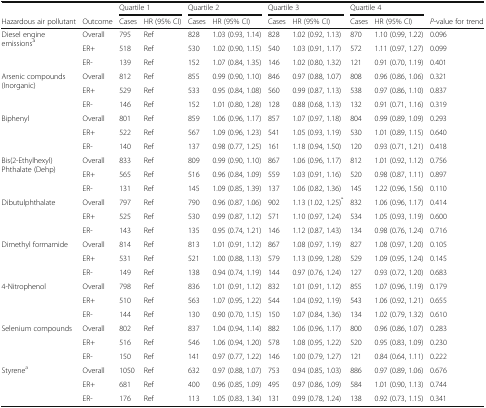
<table><thead><tr><td></td><td></td><td colspan="2"><b>Quartile 1</b></td><td colspan="2"><b>Quartile 2</b></td><td colspan="2"><b>Quartile 3</b></td><td colspan="2"><b>Quartile 4</b></td><td></td></tr><tr><td><b>Hazardous air pollutant</b></td><td><b>Outcome</b></td><td><b>Cases</b></td><td><b>HR (95% CI)</b></td><td><b>Cases</b></td><td><b>HR (95% CI)</b></td><td><b>Cases</b></td><td><b>HR (95% CI)</b></td><td><b>Cases</b></td><td><b>HR (95% CI)</b></td><td><b><i>P</i>-value for trend</b></td></tr></thead><tbody><tr><td rowspan="3">Diesel engine emissions<sup>a</sup></td><td>Overall</td><td>795</td><td>Ref</td><td>828</td><td>1.03 (0.93, 1.14)</td><td>828</td><td>1.02 (0.92, 1.13)</td><td>870</td><td>1.10 (0.99, 1.22)</td><td>0.096</td></tr><tr><td>ER+</td><td>518</td><td>Ref</td><td>530</td><td>1.02 (0.90, 1.15)</td><td>540</td><td>1.03 (0.91, 1.17)</td><td>572</td><td>1.11 (0.97, 1.27)</td><td>0.099</td></tr><tr><td>ER-</td><td>139</td><td>Ref</td><td>152</td><td>1.07 (0.84, 1.35)</td><td>146</td><td>1.02 (0.80, 1.32)</td><td>121</td><td>0.91 (0.70, 1.19)</td><td>0.401</td></tr><tr><td rowspan="3">Arsenic compounds (Inorganic)</td><td>Overall</td><td>812</td><td>Ref</td><td>855</td><td>0.99 (0.90, 1.10)</td><td>846</td><td>0.97 (0.88, 1.07)</td><td>808</td><td>0.96 (0.86, 1.06)</td><td>0.321</td></tr><tr><td>ER+</td><td>529</td><td>Ref</td><td>533</td><td>0.95 (0.84, 1.08)</td><td>560</td><td>0.99 (0.87, 1.13)</td><td>538</td><td>0.97 (0.86, 1.10)</td><td>0.837</td></tr><tr><td>ER-</td><td>146</td><td>Ref</td><td>152</td><td>1.01 (0.80, 1.28)</td><td>128</td><td>0.88 (0.68, 1.13)</td><td>132</td><td>0.91 (0.71, 1.16)</td><td>0.319</td></tr><tr><td rowspan="3">Biphenyl</td><td>Overall</td><td>801</td><td>Ref</td><td>859</td><td>1.06 (0.96, 1.17)</td><td>857</td><td>1.07 (0.97, 1.18)</td><td>804</td><td>0.99 (0.89, 1.09)</td><td>0.293</td></tr><tr><td>ER+</td><td>522</td><td>Ref</td><td>567</td><td>1.09 (0.96, 1.23)</td><td>541</td><td>1.05 (0.93, 1.19)</td><td>530</td><td>1.01 (0.89, 1.15)</td><td>0.640</td></tr><tr><td>ER-</td><td>140</td><td>Ref</td><td>137</td><td>0.98 (0.77, 1.25)</td><td>161</td><td>1.18 (0.94, 1.50)</td><td>120</td><td>0.93 (0.71, 1.21)</td><td>0.418</td></tr><tr><td rowspan="3">Bis(2-Ethylhexyl)Phthalate (Dehp)</td><td>Overall</td><td>833</td><td>Ref</td><td>809</td><td>0.99 (0.90, 1.10)</td><td>867</td><td>1.06 (0.96, 1.17)</td><td>812</td><td>1.01 (0.92, 1.12)</td><td>0.756</td></tr><tr><td>ER+</td><td>565</td><td>Ref</td><td>516</td><td>0.96 (0.84, 1.09)</td><td>559</td><td>1.03 (0.91, 1.16)</td><td>520</td><td>0.98 (0.87, 1.11)</td><td>0.897</td></tr><tr><td>ER-</td><td>131</td><td>Ref</td><td>145</td><td>1.09 (0.85, 1.39)</td><td>137</td><td>1.06 (0.82, 1.36)</td><td>145</td><td>1.22 (0.96, 1.56)</td><td>0.110</td></tr><tr><td rowspan="3">Dibutulphthalate</td><td>Overall</td><td>797</td><td>Ref</td><td>790</td><td>0.96 (0.87, 1.06)</td><td>902</td><td>1.13 (1.02, 1.25)<sup>*</sup></td><td>832</td><td>1.06 (0.96, 1.17)</td><td>0.414</td></tr><tr><td>ER+</td><td>525</td><td>Ref</td><td>530</td><td>0.99 (0.87, 1.12)</td><td>571</td><td>1.10 (0.97, 1.24)</td><td>534</td><td>1.05 (0.93, 1.19)</td><td>0.600</td></tr><tr><td>ER-</td><td>143</td><td>Ref</td><td>135</td><td>0.95 (0.74, 1.21)</td><td>146</td><td>1.12 (0.87, 1.43)</td><td>134</td><td>0.98 (0.76, 1.24)</td><td>0.716</td></tr><tr><td rowspan="3">Dimethyl formamide</td><td>Overall</td><td>814</td><td>Ref</td><td>813</td><td>1.01 (0.91, 1.12)</td><td>867</td><td>1.08 (0.97, 1.19)</td><td>827</td><td>1.08 (0.97, 1.20)</td><td>0.105</td></tr><tr><td>ER+</td><td>531</td><td>Ref</td><td>521</td><td>1.00 (0.88, 1.13)</td><td>579</td><td>1.13 (0.99, 1.28)</td><td>529</td><td>1.09 (0.95, 1.24)</td><td>0.145</td></tr><tr><td>ER-</td><td>149</td><td>Ref</td><td>138</td><td>0.94 (0.74, 1.19)</td><td>144</td><td>0.97 (0.76, 1.24)</td><td>127</td><td>0.93 (0.72, 1.20)</td><td>0.683</td></tr><tr><td rowspan="3">4-Nitrophenol</td><td>Overall</td><td>798</td><td>Ref</td><td>836</td><td>1.01 (0.91, 1.12)</td><td>832</td><td>1.01 (0.91, 1.12)</td><td>855</td><td>1.07 (0.96, 1.19)</td><td>0.179</td></tr><tr><td>ER+</td><td>510</td><td>Ref</td><td>563</td><td>1.07 (0.95, 1.22)</td><td>544</td><td>1.04 (0.92, 1.19)</td><td>543</td><td>1.06 (0.92, 1.21)</td><td>0.655</td></tr><tr><td>ER-</td><td>144</td><td>Ref</td><td>130</td><td>0.90 (0.70, 1.15)</td><td>150</td><td>1.07 (0.84, 1.36)</td><td>134</td><td>1.02 (0.79, 1.32)</td><td>0.610</td></tr><tr><td rowspan="3">Selenium compounds</td><td>Overall</td><td>802</td><td>Ref</td><td>837</td><td>1.04 (0.94, 1.14)</td><td>882</td><td>1.06 (0.96, 1.17)</td><td>800</td><td>0.96 (0.86, 1.07)</td><td>0.283</td></tr><tr><td>ER+</td><td>516</td><td>Ref</td><td>546</td><td>1.06 (0.94, 1.20)</td><td>578</td><td>1.08 (0.95, 1.22)</td><td>520</td><td>0.95 (0.83, 1.09)</td><td>0.230</td></tr><tr><td>ER-</td><td>150</td><td>Ref</td><td>141</td><td>0.97 (0.77, 1.22)</td><td>146</td><td>1.00 (0.79, 1.27)</td><td>121</td><td>0.84 (0.64, 1.11)</td><td>0.222</td></tr><tr><td rowspan="3">Styrene<sup>a</sup></td><td>Overall</td><td>1050</td><td>Ref</td><td>632</td><td>0.97 (0.88, 1.07)</td><td>753</td><td>0.94 (0.85, 1.03)</td><td>886</td><td>0.97 (0.89, 1.06)</td><td>0.676</td></tr><tr><td>ER+</td><td>681</td><td>Ref</td><td>400</td><td>0.96 (0.85, 1.09)</td><td>495</td><td>0.97 (0.86, 1.09)</td><td>584</td><td>1.01 (0.90, 1.13)</td><td>0.744</td></tr><tr><td>ER-</td><td>176</td><td>Ref</td><td>113</td><td>1.05 (0.83, 1.34)</td><td>131</td><td>0.99 (0.78, 1.24)</td><td>138</td><td>0.92 (0.73, 1.15)</td><td>0.341</td></tr></tbody></table>